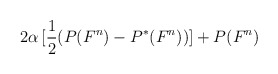
\begin{align*}2\alpha\,[\frac{1}{2}(P(F^{n})-P^{\ast}(F^{n}))]+P(F^{n})\end{align*}